Annual report of the Punjab Veterinary College and of the Civil Veterinary Department, Punjab - 1909-1919
Year: 1909
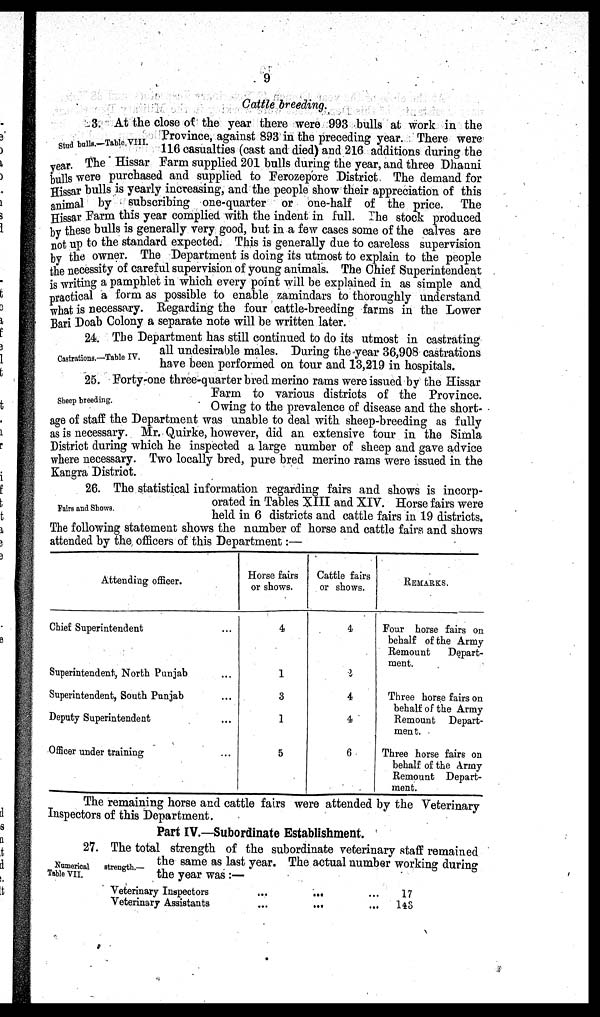
9
Cattle breeding.
Stud bulls.-Table VIII.
3. At the close of the year there were 993 bulls at work in the
Province, against 893 in the preceding year. There were
116 casualties (cast and died) and 216 additions during the
year. The Hissar Farm supplied 201 bulls during the year, and three Dhanni
bulls were purchased and supplied to Ferozepore District. The demand for
Hissar bulls is yearly increasing, and the people show their appreciation of this
animal by subscribing one-quarter or one-half of the price. The
Hissar Farm this year complied with the indent in full. The stock produced
by these bulls is generally very good, but in a few cases some of the calves are
not up to the standard expected. This is generally due to careless supervision
by the owner. The Department is doing its utmost to explain to the people
the necessity of careful supervision of young animals. The Chief Superintendent
is writing a pamphlet in which every point will be explained in as simple and
practical a form as possible to enable zamindars to thoroughly understand
what is necessary. Regarding the four cattle-breeding farms in the Lower
Bari Doab Colony a separate note will be written later.
Castrations.—Table IV.
24. The Department has still continued to do its utmost in castrating
all undesirable males. During the year 36,908 castrations
have been performed on tour and 13,219 in hospitals.
Sheep breeding.
25. Forty-one three-quarter bred merino rams were issued by the Hissar
Farm to various districts of the Province.
Owing to the prevalence of disease and the short-
age of staff the Department was unable to deal with sheep-breeding as fully
as is necessary. Mr. Quirke, however, did an extensive tour in the Simla
District during which he inspected a large number of sheep and gave advice
where necessary. Two locally bred, pure bred merino rams were issued in the
Kangra District.
Fairs and Shows.
26. The statistical information regarding fairs and shows is incorp-
orated in Tables XIII and XIV. Horse fairs were
held in 6 districts and cattle fairs in 19 districts.
The following statement shows the number of horse and cattle fairs and shows
attended by the officers of this Department:—
Attending officer.
Chief Superintendent ...
Superintendent, North Punjab ...
Superintendent, South Punjab...
Deputy Superintendent ...
Officer under training ...
Horse fairs
or shows.
4
1
3
1
5
Cattle fairs
or shows.
4
2
4
4
6
REMARKS.
Four horse fairs on
behalf of the Army
Remount
Depart-
ment.
Three horse fairs on
behalf of the Army
Remount Depart-
ment.
Three horse fairs on
behalf of the Army
Remount Depart-
ment.
The remaining horse and cattle fairs were attended by the Veterinary
Inspectors of this Department.
Part IV.—Subordinate Establishment.
Numerical
strength.—
Table VII.
27. The total strength of the subordinate veterinary staff remained
the same as last year. The actual number working during
the year was :—
Veterinary Inspectors
Veterinary Assistants
...
...
...
...
... 17
...
143